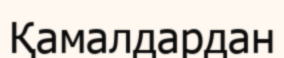
Қамалдардан